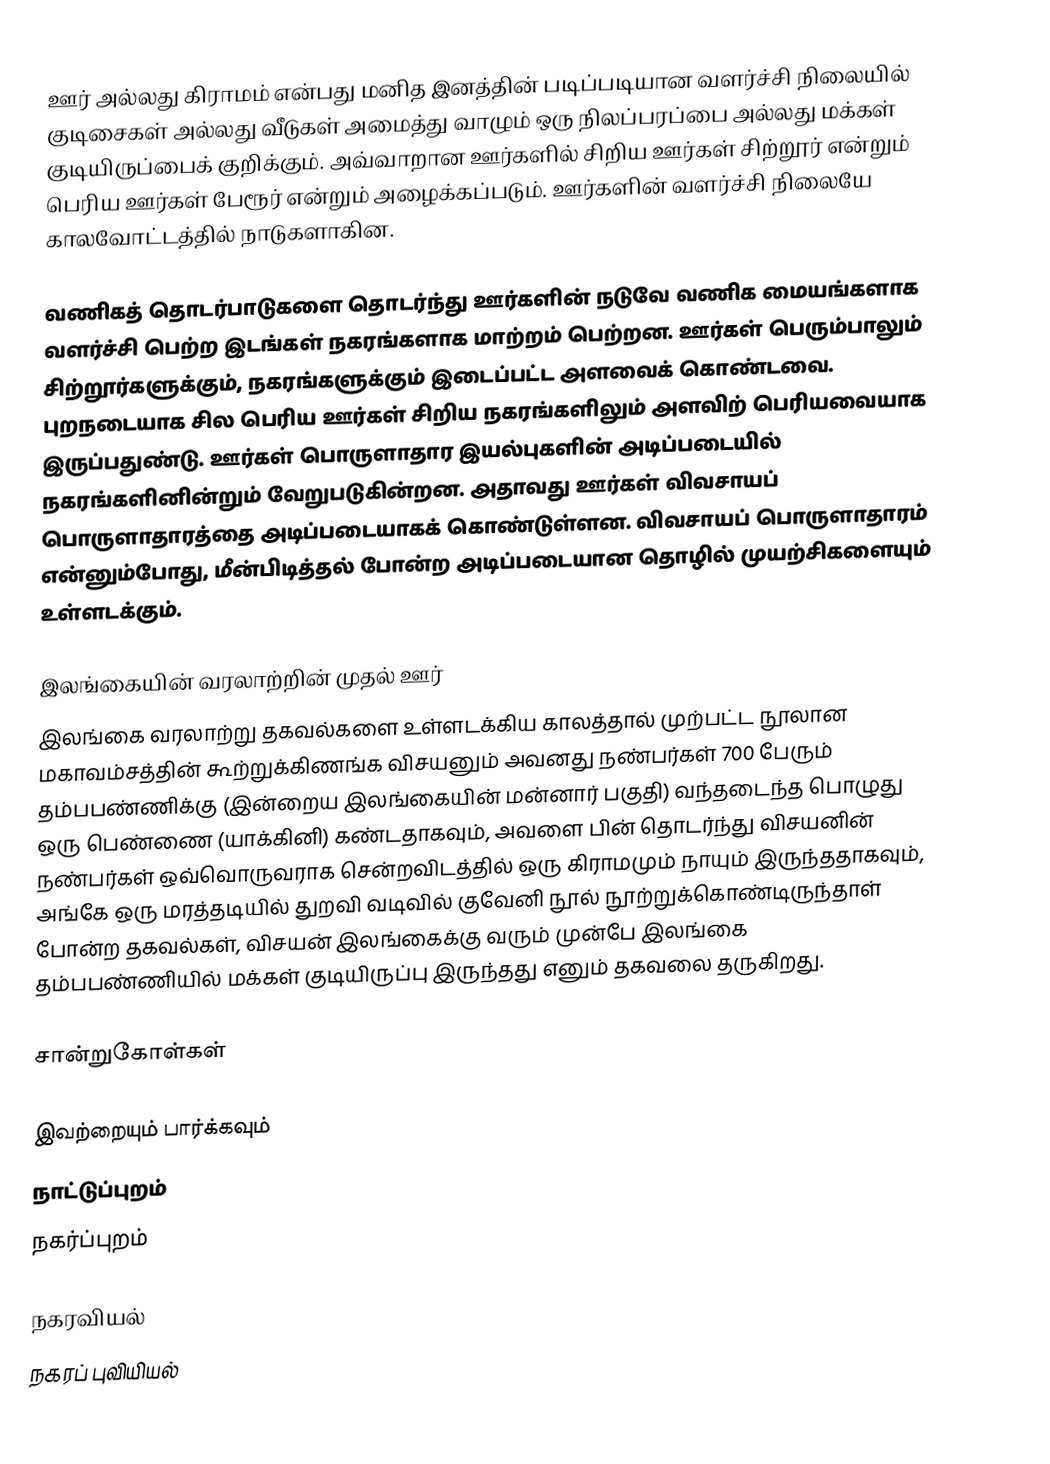
ஊர் அல்லது கிராமம் என்பது மனித இனத்தின் படிப்படியான வளர்ச்சி நிலையில் குடிசைகள் அல்லது வீடுகள் அமைத்து வாழும் ஒரு நிலப்பரப்பை அல்லது மக்கள் குடியிருப்பைக் குறிக்கும். அவ்வாறான ஊர்களில் சிறிய ஊர்கள் சிற்றூர் என்றும் பெரிய ஊர்கள் பேரூர் என்றும் அழைக்கப்படும். ஊர்களின் வளர்ச்சி நிலையே காலவோட்டத்தில் நாடுகளாகின.

வணிகத் தொடர்பாடுகளை தொடர்ந்து ஊர்களின் நடுவே வணிக மையங்களாக வளர்ச்சி பெற்ற இடங்கள் நகரங்களாக மாற்றம் பெற்றன. ஊர்கள் பெரும்பாலும் சிற்றூர்களுக்கும், நகரங்களுக்கும் இடைப்பட்ட அளவைக் கொண்டவை. புறநடையாக சில பெரிய ஊர்கள் சிறிய நகரங்களிலும் அளவிற் பெரியவையாக இருப்பதுண்டு. ஊர்கள் பொருளாதார இயல்புகளின் அடிப்படையில் நகரங்களினின்றும் வேறுபடுகின்றன. அதாவது ஊர்கள் விவசாயப் பொருளாதாரத்தை அடிப்படையாகக் கொண்டுள்ளன. விவசாயப் பொருளாதாரம் என்னும்போது, மீன்பிடித்தல் போன்ற அடிப்படையான தொழில் முயற்சிகளையும் உள்ளடக்கும்.

இலங்கையின் வரலாற்றின் முதல் ஊர்
இலங்கை வரலாற்று தகவல்களை உள்ளடக்கிய காலத்தால் முற்பட்ட நூலான மகாவம்சத்தின் கூற்றுக்கிணங்க விசயனும் அவனது நண்பர்கள் 700 பேரும் தம்பபண்ணிக்கு (இன்றைய இலங்கையின் மன்னார் பகுதி) வந்தடைந்த பொழுது ஒரு பெண்ணை (யாக்கினி) கண்டதாகவும், அவளை பின் தொடர்ந்து விசயனின் நண்பர்கள் ஒவ்வொருவராக சென்றவிடத்தில் ஒரு கிராமமும் நாயும் இருந்ததாகவும், அங்கே ஒரு மரத்தடியில் துறவி வடிவில் குவேனி நூல் நூற்றுக்கொண்டிருந்தாள் போன்ற தகவல்கள், விசயன் இலங்கைக்கு வரும் முன்பே இலங்கை தம்பபண்ணியில் மக்கள் குடியிருப்பு இருந்தது எனும் தகவலை தருகிறது.

சான்றுகோள்கள்

இவற்றையும் பார்க்கவும்
 நாட்டுப்புறம்
 நகர்ப்புறம்

நகரவியல்
நகரப் புவியியல்